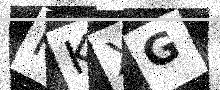
Text: FKXG